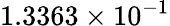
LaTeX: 1.3363\times 10^{-1}